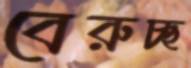
বেরুচ্ছ